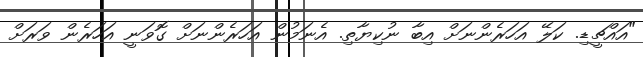
"އައްޗީޑި. ކަލޭ އަހަރެންނަށް އިބާ ނުކިޔާތި. އެނަމުން އަހަރެންނަށް ގޮވަނީ އަހަރެން ވަރަށް